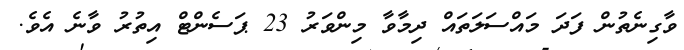
ވާގިނެތުން ފަދަ މައްސަލަތައް ދިމާވާ މިންވަރު 23 ޕަސެންޓް އިތުރު ވާނެ އެވެ.